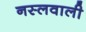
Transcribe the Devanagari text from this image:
नस्लवाली